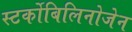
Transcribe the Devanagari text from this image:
स्‍टर्कोबिलिनोजेन